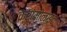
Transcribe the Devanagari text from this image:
क्रामोलाइट